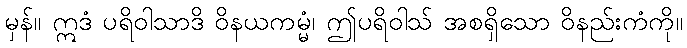
မှန်။ ဣဒံ ပရိဝါသာဒိ ဝိနယကမ္မံ၊ ဤပရိဝါသ် အစရှိသော ဝိနည်းကံကို။